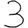
Digit: 3